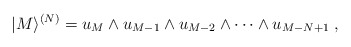
\begin{align*}|M\rangle ^{(N)} = u_M\wedge u_{M-1}\wedge u_{M-2}\wedge \dots \wedge u_{M-N+1}\; , \end{align*}